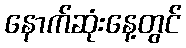
နောက်ဆုံးနေ့တွင်